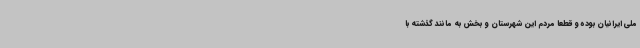
ملی ایرانیان بوده و قطعا مردم این شهرستان و بخش به مانند گذشته با